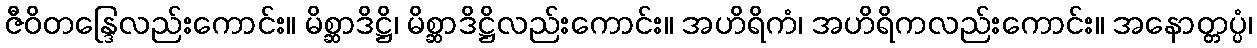
ဇီဝိတန္ဒြေလည်းကောင်း။ မိစ္ဆာဒိဋ္ဌိ၊ မိစ္ဆာဒိဋ္ဌိလည်းကောင်း။ အဟိရိကံ၊ အဟိရိကလည်းကောင်း။ အနောတ္တပ္ပံ၊